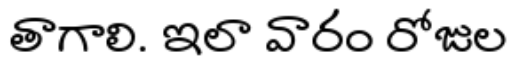
తాగాలి. ఇలా వారం రోజుల